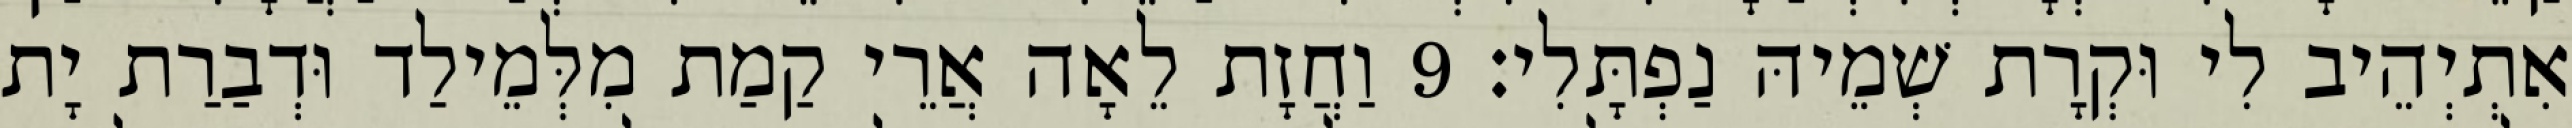
אִתְיְהֵיב לִי וּקְרָת שְׁמֵיהּ נַפְתָּלִי׃ 9 וַחֲזָת לֵאָה אֲרֵי קַמַת מִלְּמֵילַד וּדְבַרַת יָת